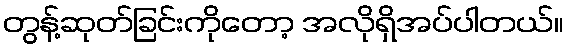
တွန့်ဆုတ်ခြင်းကိုတော့ အလိုရှိအပ်ပါတယ်။